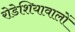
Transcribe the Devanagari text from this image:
रोडेशियावालों